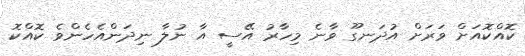
ކޮއްކޮއަށް ވަރަށް އުދަނގޫ ވާނެ މިހާރު އޭސީ އާ ނުލާ ނިދަންއެހެންވެ ކޮއްކޮ